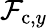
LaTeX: \mathcal{F}_{\mathrm{{c}},y}